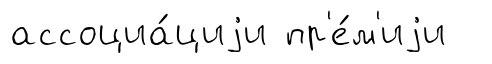
ассоциа́циjи пр'е́м'иjи